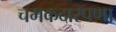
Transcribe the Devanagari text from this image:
चमकदारपणा